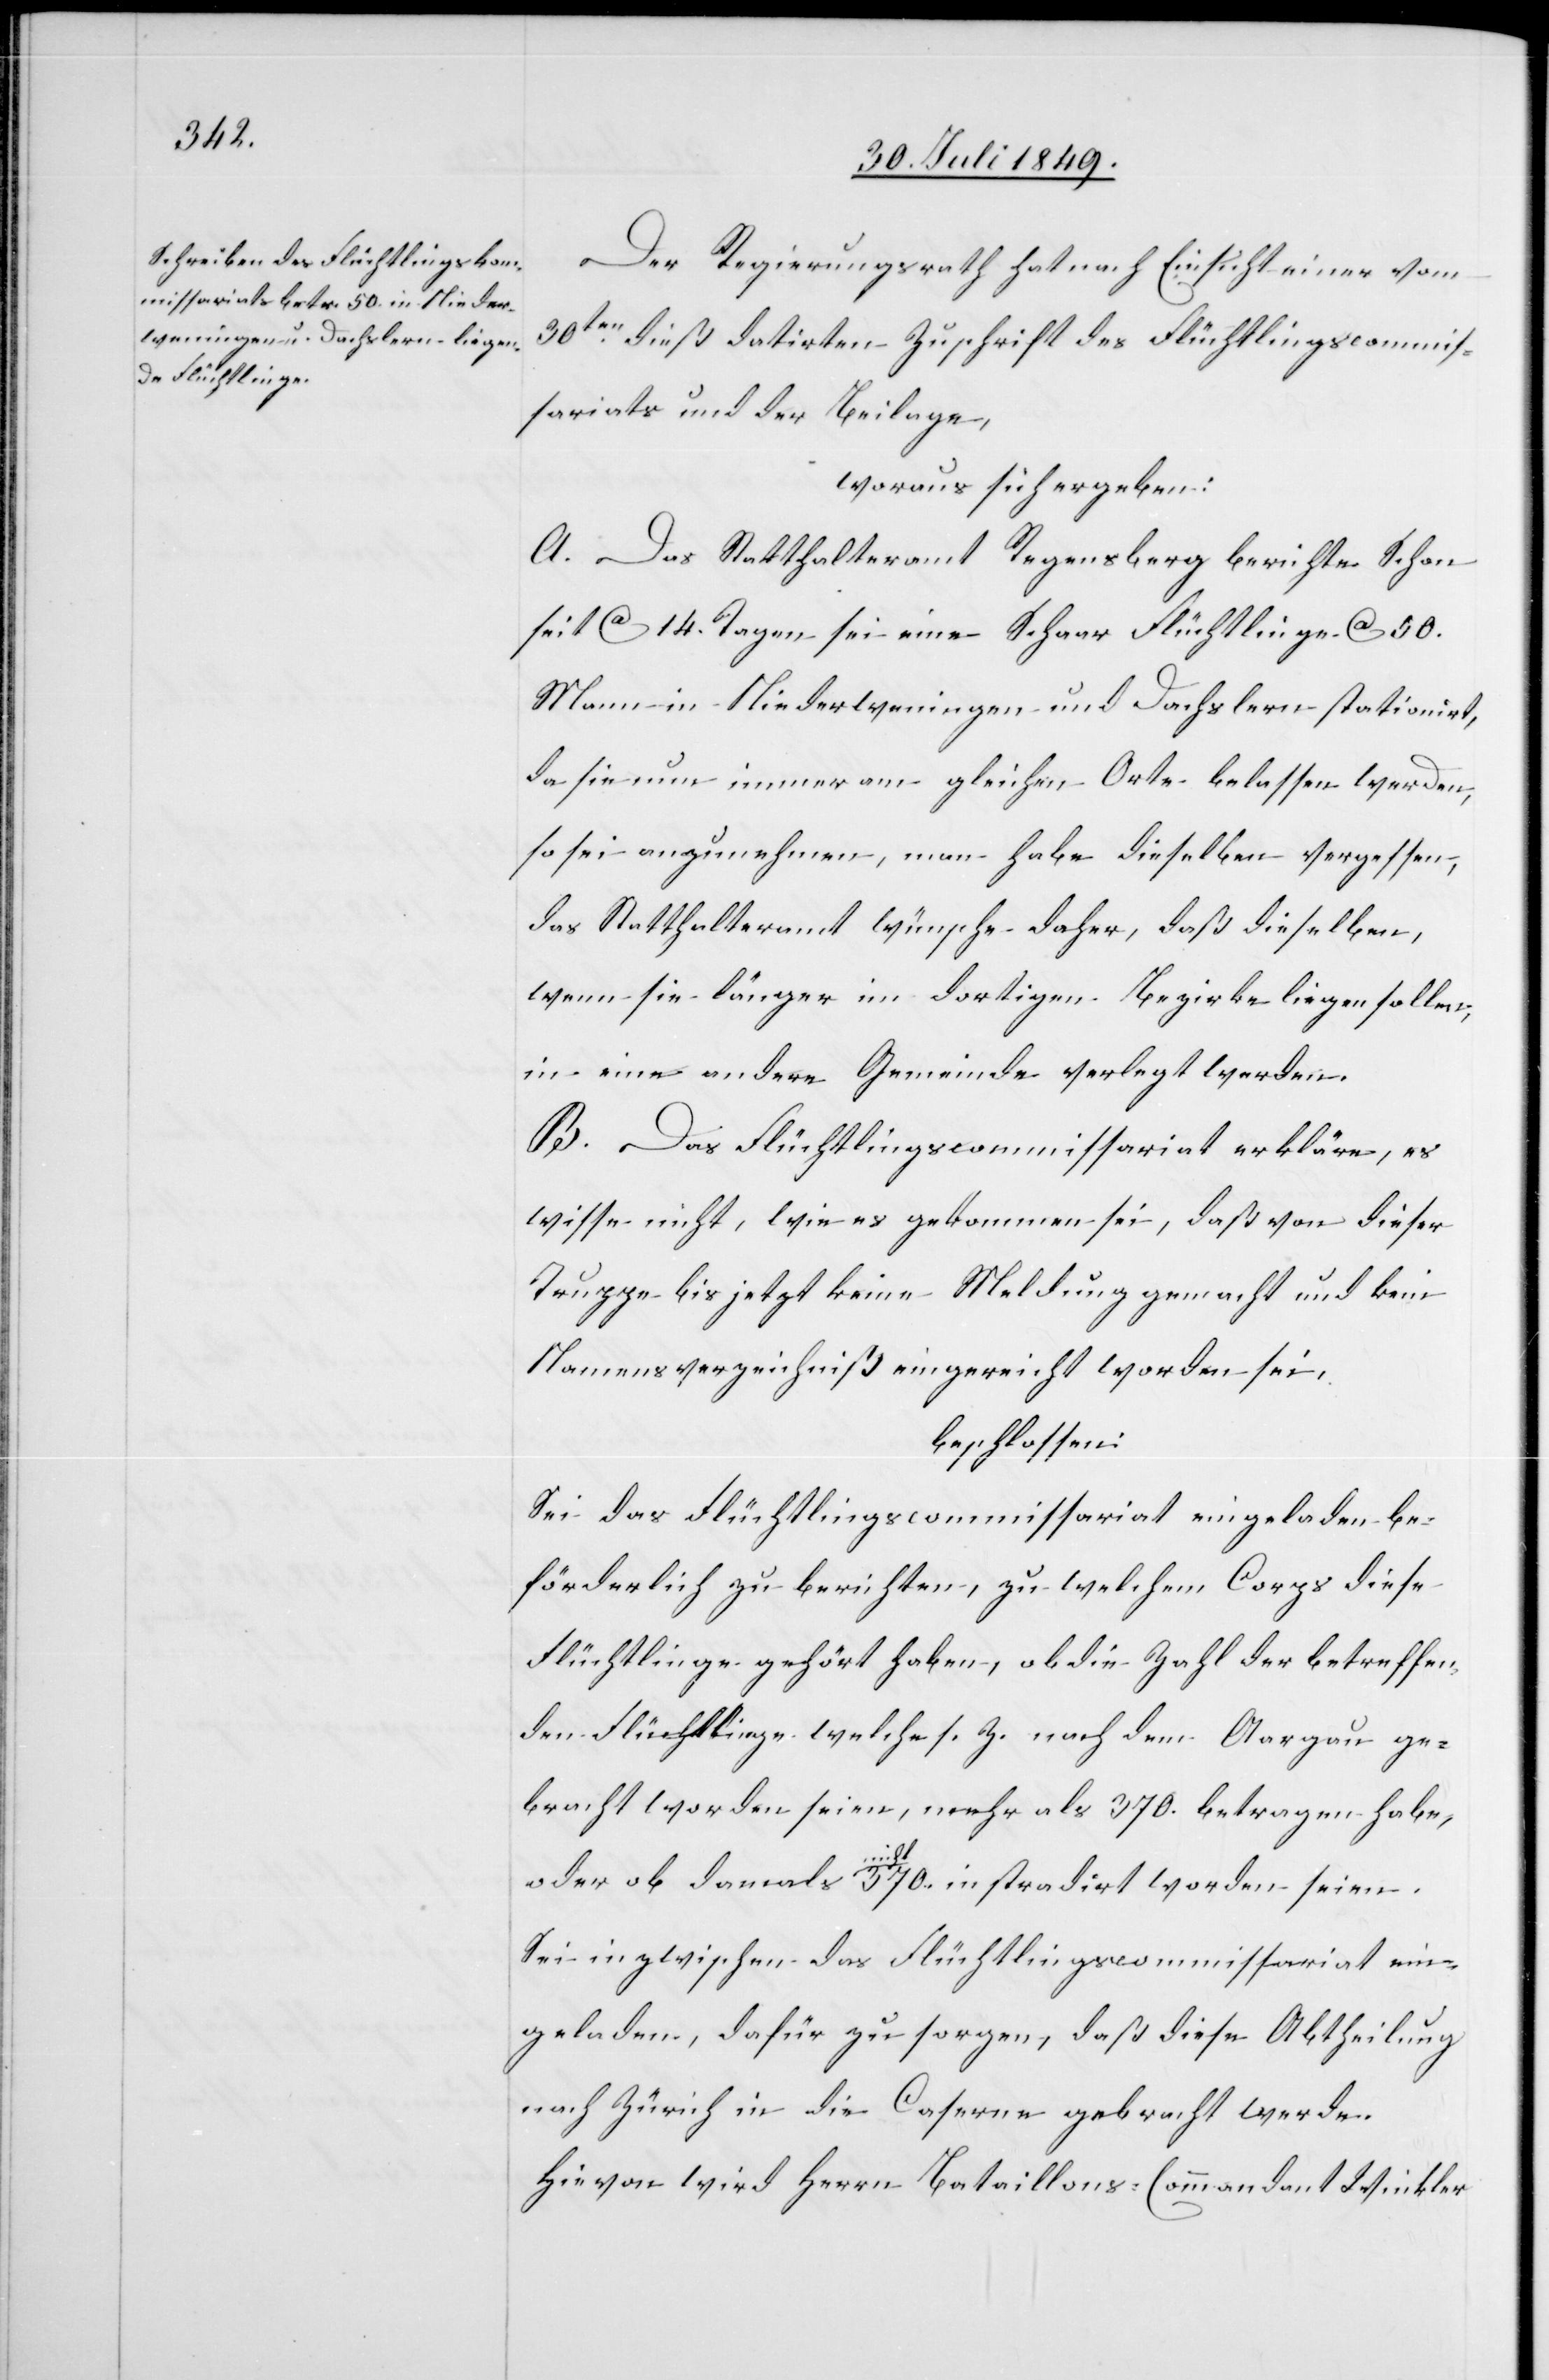
Der Regierungsrath hat nach Einsicht einer vom
30ten dieß datirten Zuschrift des Flüchtlingscommis¬
sariats und der Beilage,
woraus sich ergeben:
A. Das Statthalteramt Regensberg berichte. Schon
seit ca 14. Tagen sei eine Schaar Flüchtlinge ca 50.
Mann in Niederweningen und Dachslern stationirt,
da sie nun immer am gleichen Orte belassen werden,
so sei anzunehmen, man habe dieselben vergessen,
das Statthalteramt wünsche daher, daß dieselben,
wenn sie länger im dortigen Bezirke liegen sollen,
in eine andere Gemeinde verlegt werden.
B. Das Flüchtlingscommissariat erkläre, es
wisse nicht, wie es gekommen sei, daß von dieser
Truppe bis jetzt keine Meldung gemacht und kein
Namensverzeichniß eingereicht worden sei,
beschlossen:
Sei das Flüchtlingscommissariat eingeladen be¬
förderlich zu berichten, zu welchem Corps diese
Flüchtlinge gehört haben, ob die Zahl der betreffen¬
den Flüchtlinge welche s. Z. nach dem Aargau ge¬
bracht worden seien, mehr als 370. betragen habe,
oder ob damals a-nicht-a 370. instradirt worden seien.
Sei inzwischen das Flüchtlingscommissariat ein¬
geladen, dafür zu sorgen, daß diese Abtheilung
nach Zürich in die Caserne gebracht werde.
Hievon wird Herrn Bataillons-Commandant Winkler